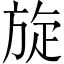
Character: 旋